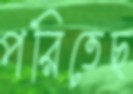
পরিতেছ